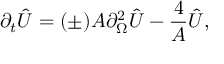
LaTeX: \partial _ { t } \hat { U } = ( \pm ) A \partial _ { \Omega } ^ { 2 } \hat { U } - { \frac { 4 } { A } } \hat { U } ,